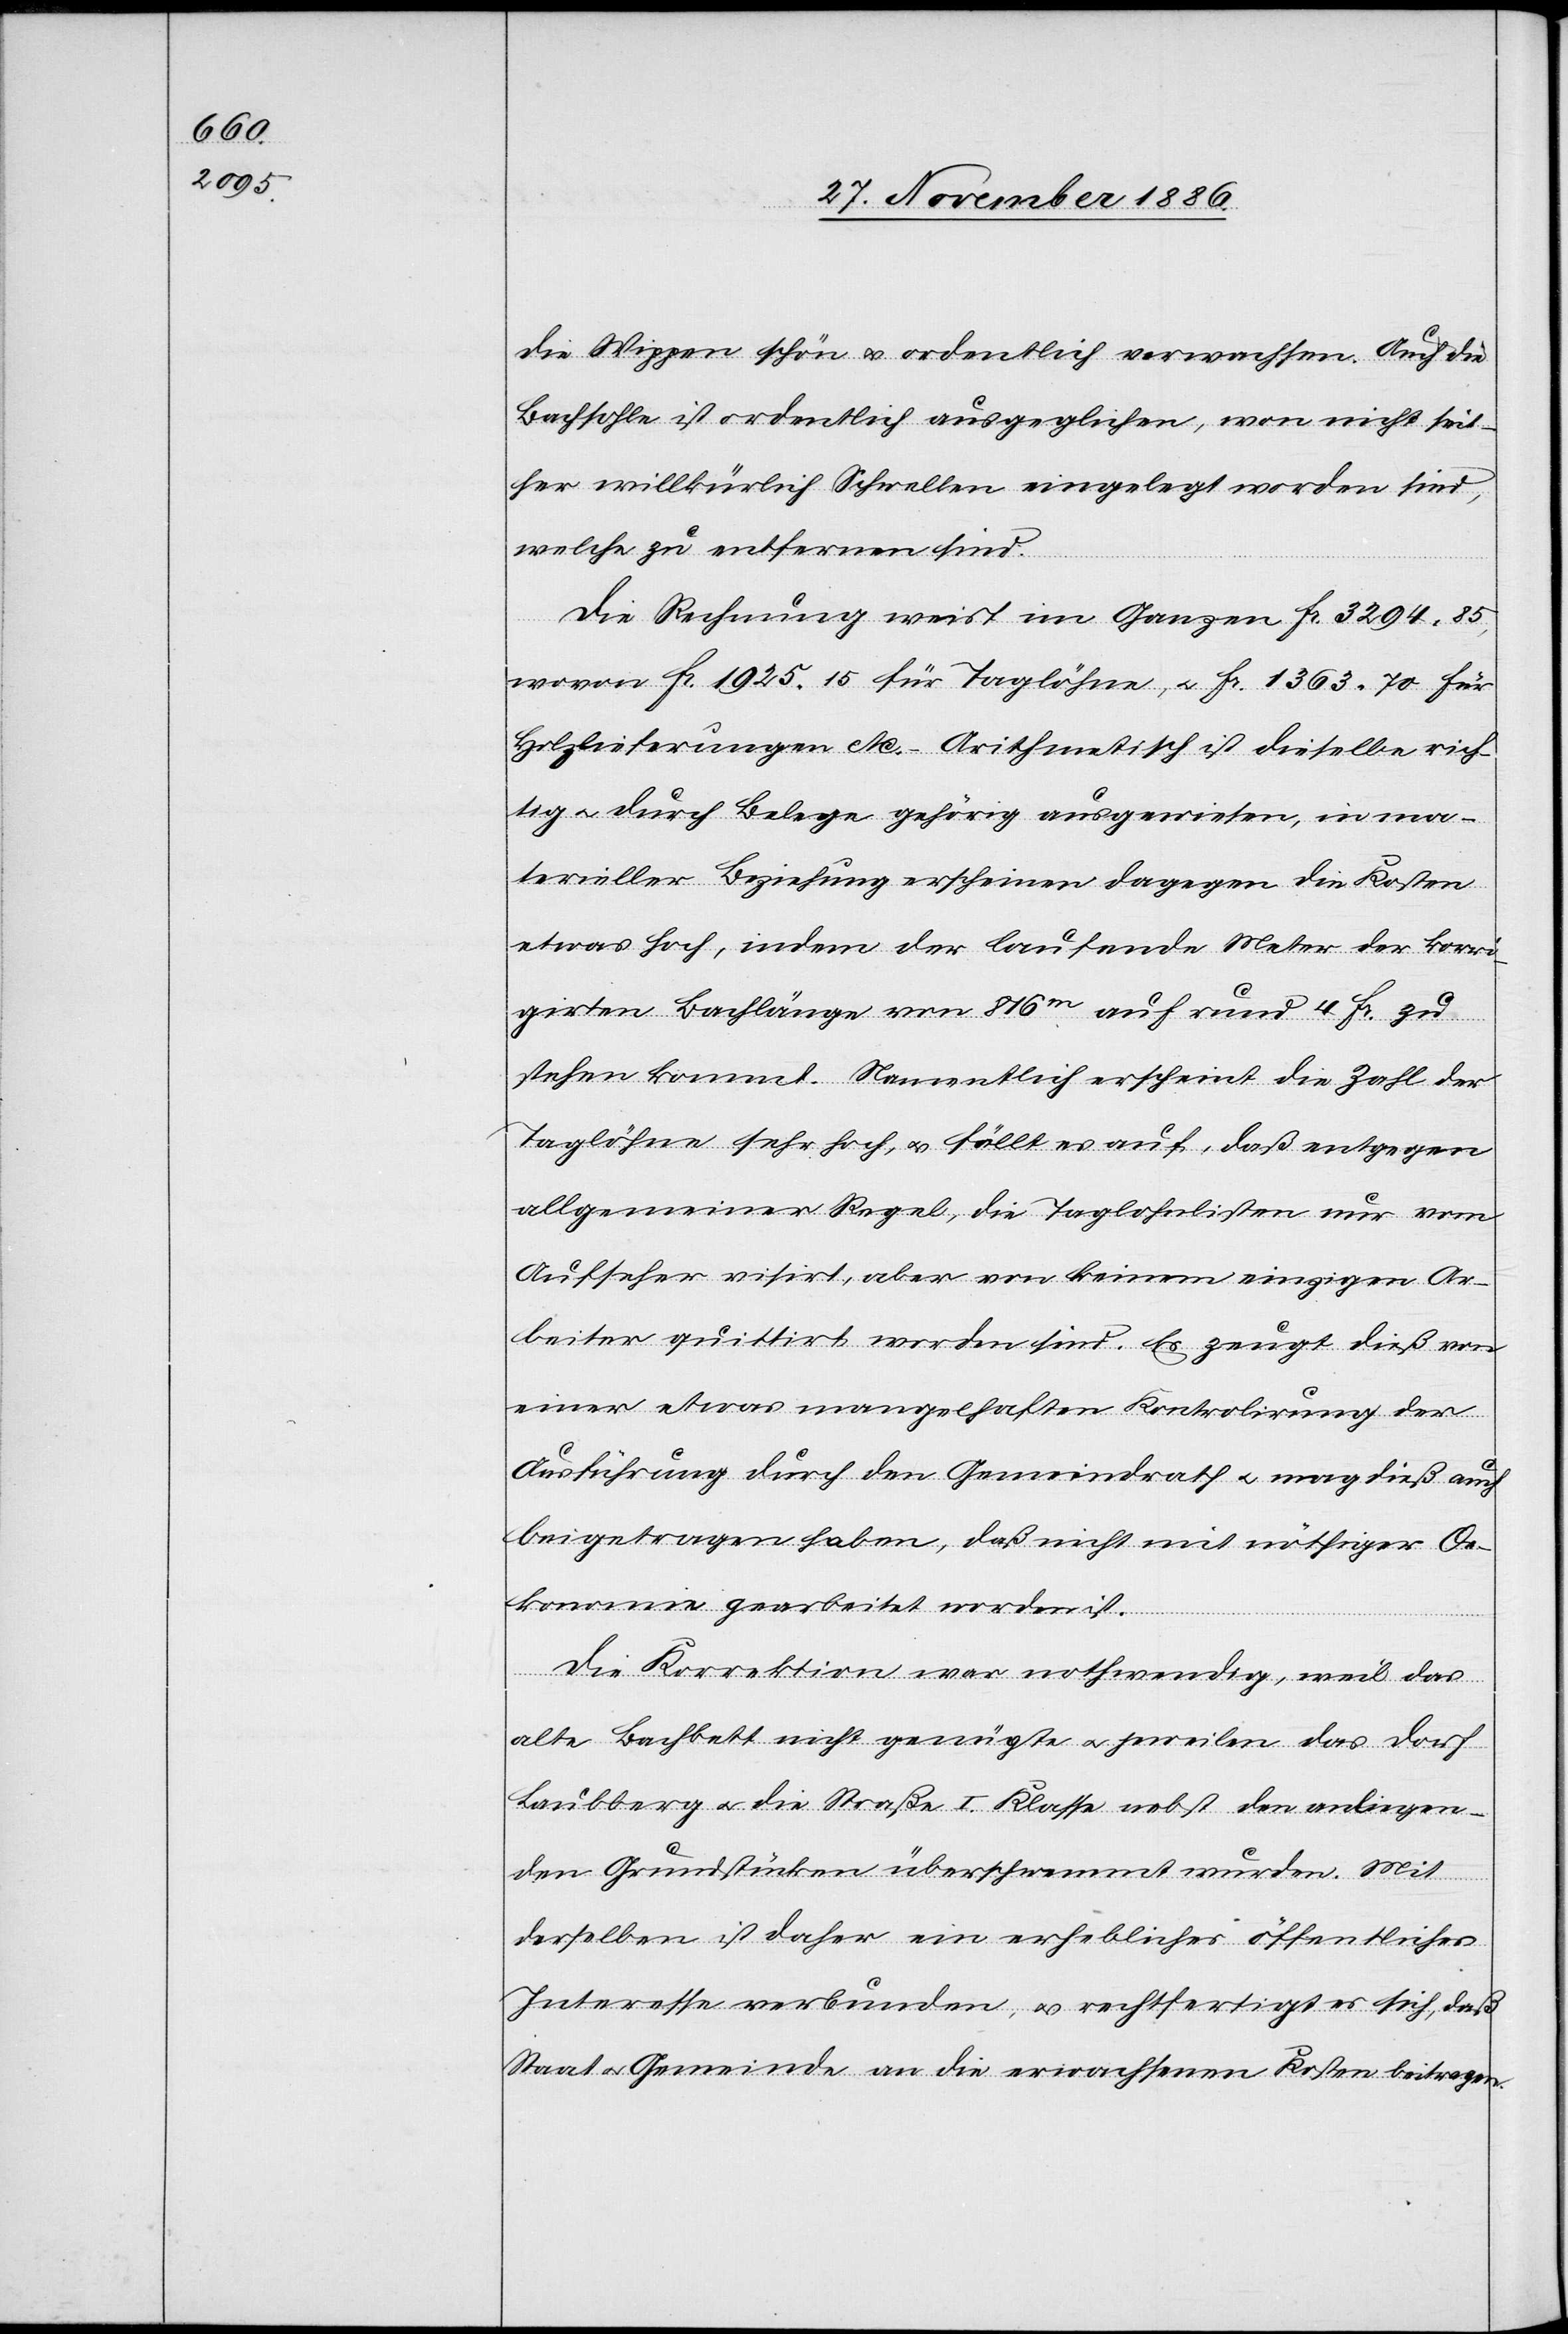
die Wippen schön & ordentlich verwachsen. Auch die
Bachsohle ist ordentlich ausgeglichen, wen[n] nicht seit¬
her willkürlich Schwellen eingelegt worden sind,
welche zu entfernen sind.
Die Rechnung weist im Ganzen Fr. 3294 85
wovon Fr. 1925 15 für Taglöhne, & Fr. 1363 70 für
Holzlieferungen etc. Arithmetisch ist dieselbe rich¬
tig & durch Belege gehörig ausgewiesen, in ma¬
terieller Beziehung erscheinen dagegen die Kosten
etwas hoch, indem der laufende Meter der korri¬
girten Bachlänge von 816m auf rund 4 Fr. zu
stehen kommt. Namentlich erscheint die Zahl der
Taglöhne sehr hoch, & fällt es auf, daß entgegen
allgemeiner Regel, die Taglohnlisten nur vom
Aufseher visirt, aber von keinem einzigen Ar¬
beiter quittirt worden sind. Es zeugt dieß von
einer etwas mangelhaften Kontrolirung der
Ausführung durch den Gemeindrath & mag dieß auch
beigetragen haben, daß nicht mit nöthiger Oe¬
konomie gearbeitet worden ist.
Die Korrektion war nothwendig, weil das
alte Bachbett nicht genügte & jeweilen das Dorf
Laubberg & die Straße I. Klasse nebst den anliegen¬
den Grundstücken überschwemmt wurden. Mit
derselben ist daher ein erhebliches öffentliches
Interesse verbunden, & rechtfertigt es sich, daß
Staat & Gemeinde an die erwachsenen Kosten beitragen.